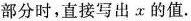
部分时，直接写出x的值